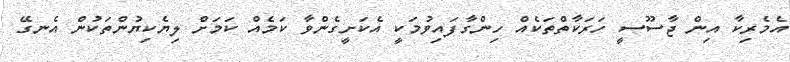
އެމެރިކާ އިން ޖާސޫސީ ހަރަކާތްތަކެއް ހިންގާފައިވުމަކީ އެކަށީގެންވާ ކަމެއް ކަމަށް ލިޔެކިޔުންތަކުން އެނގޭ